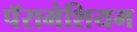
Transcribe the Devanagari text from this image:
पॅरामेशियम